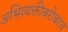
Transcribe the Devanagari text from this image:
अभिव्यक्तीबरोबरच